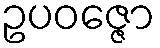
ဥပဝဇ္ဇော